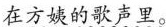
在方姨的歌声里。